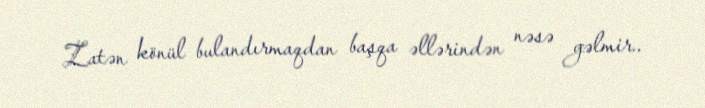
Zatən könül bulandırmaqdan başqa əllərindən nəsə gəlmir..